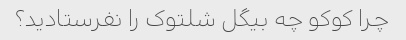
چرا کوکو چه بیگل شلتوک را نفرستادید؟